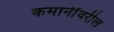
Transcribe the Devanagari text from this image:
कमानींवरील